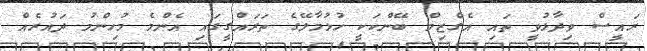
ރައީސް ވިދާޅުވީ ތައި އެގްޒިމް ބޭންކަކީ ހުޅުމާލޭގެ ތަރައްގީގައި އެންމެ މުހިންމު ދައުރެއް